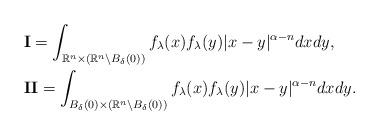
LaTeX: \begin{align*} &\textbf{I}=\int_{\mathbb{R}^n\times(\mathbb{R}^n\backslash B_\delta(0))}f_\lambda(x)f_\lambda(y)|x-y|^{\alpha-n}dxdy,\\ &\textbf{II}=\int_{B_\delta(0)\times(\mathbb{R}^n\backslash B_\delta(0))}f_\lambda(x)f_\lambda(y)|x-y|^{\alpha-n}dxdy.\end{align*}